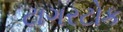
ટાગરટોક